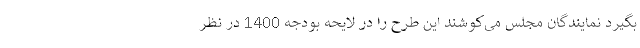
بگیرد نمایندگان مجلس می‌کوشند این طرح را در لایحه بودجه 1400 در نظر